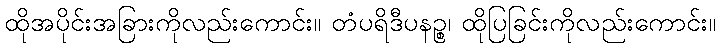
ထိုအပိုင်းအခြားကိုလည်းကောင်း။ တံပရိဒီပနဉ္စ၊ ထိုပြခြင်းကိုလည်းကောင်း။